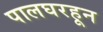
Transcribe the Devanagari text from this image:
पालघरहून